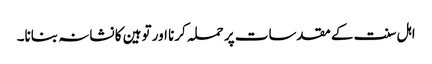
اہل سنت کے مقدسات پر حملہ کرنا اور توہین کا نشانہ بنانا۔